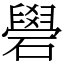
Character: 礐